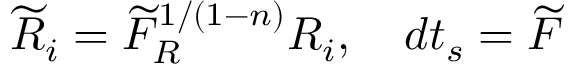
\widetilde { R } _ { i } = \widetilde { F } _ { R } ^ { 1 / ( 1 - n ) } R _ { i } , \quad d t _ { s } = \widetilde { F }